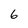
Character: 6